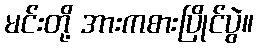
မင်းတို့ အားကစားပြိုင်ပွဲ။